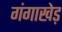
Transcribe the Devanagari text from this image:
गंगाखेड़